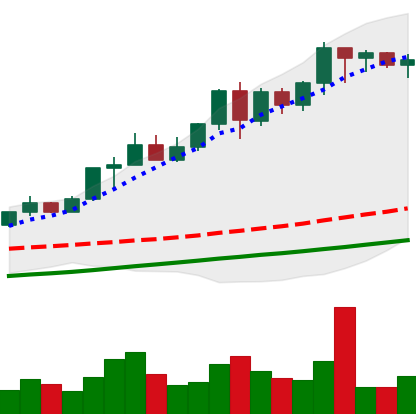
Ticker: XMR-USD
Chart end date: 2020-08-10
Forward return: -3.955%
Label: down_3_5